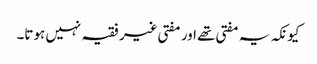
کیونکہ یہ مفتی تھے اور مفتی غیر فقیہ نہیں ہوتا۔